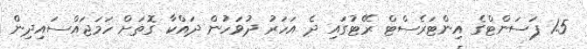
1.5 ޕަސަންޓްގެ އިންޓަރެސްޓް ރޭޓުގައި ދެ އަހަރު ދުވަހުން ދައްކާ ގޮތަށް ހަމަޖައްސައިދިން